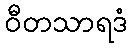
ဝီတသာရဒံ